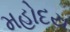
મહોદય